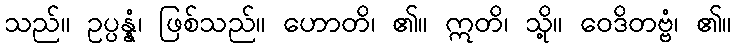
သည်။ ဥပ္ပန္နံ၊ ဖြစ်သည်။ ဟောတိ၊ ၏။ ဣတိ၊ သို့။ ဝေဒိတဗ္ဗံ၊ ၏။